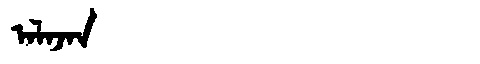
Manchu: ᠠᠯᠠᠵᠠᠨ
Romanization: ALAJAN